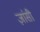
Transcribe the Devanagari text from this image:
ज़ांसी